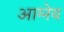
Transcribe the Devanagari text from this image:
आग्‍नेय